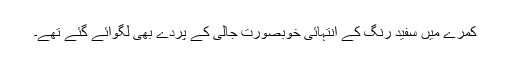
کمرے میں سفید رنگ کے انتہائی خوبصورت جالی کے پردے بھی لگوائے گئے تھے۔